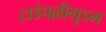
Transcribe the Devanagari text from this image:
टाडेपल्लीगुडम